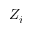
Z _ { i }